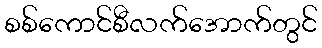
စစ်ကောင်စီလက်အောက်တွင်